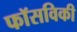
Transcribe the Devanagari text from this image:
फॉसविकी